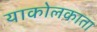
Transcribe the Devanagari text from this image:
याकोलकाता